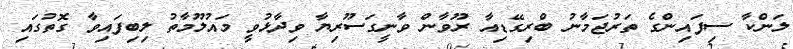
ލަންކާ ސިފައިންގެ ތަރުޖަމާނު ބްރިގޭޑިއާ ރޫވާން ވާނީގަސޫރިޔާ ވިދާޅުވީ މައުލޫމާތު ލިބިފައިވާ ގޮތުގައި